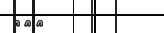
١٢٠